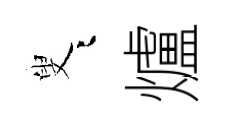
叟迢爐